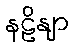
နဠိနျာ